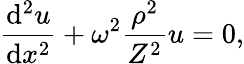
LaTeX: \frac{\mathrm{d}^{2}u}{\mathrm{d}x^{2}}+\omega^{2}\frac{\rho^{2}}{Z^{2}}u=0,